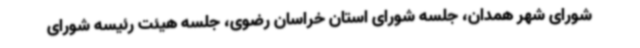
شورای شهر همدان، جلسه شورای استان خراسان رضوی، جلسه هیئت رئیسه شورای